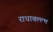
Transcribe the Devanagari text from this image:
राधावल्ल्भ